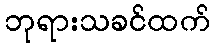
ဘုရားသခင်ထက်